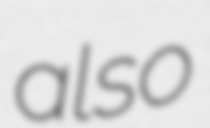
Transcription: also